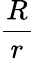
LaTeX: \frac{R}{r}